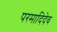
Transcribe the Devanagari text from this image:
परमादिदेव